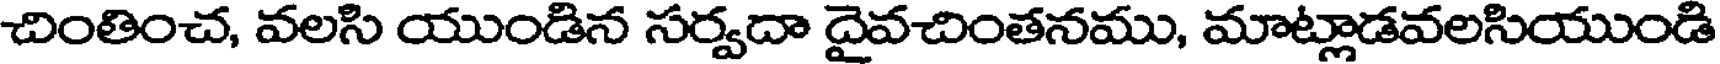
చింతించ, వలసి యుండిన సర్వదా దైవచింతనము, మాట్లాడవలసియుండి